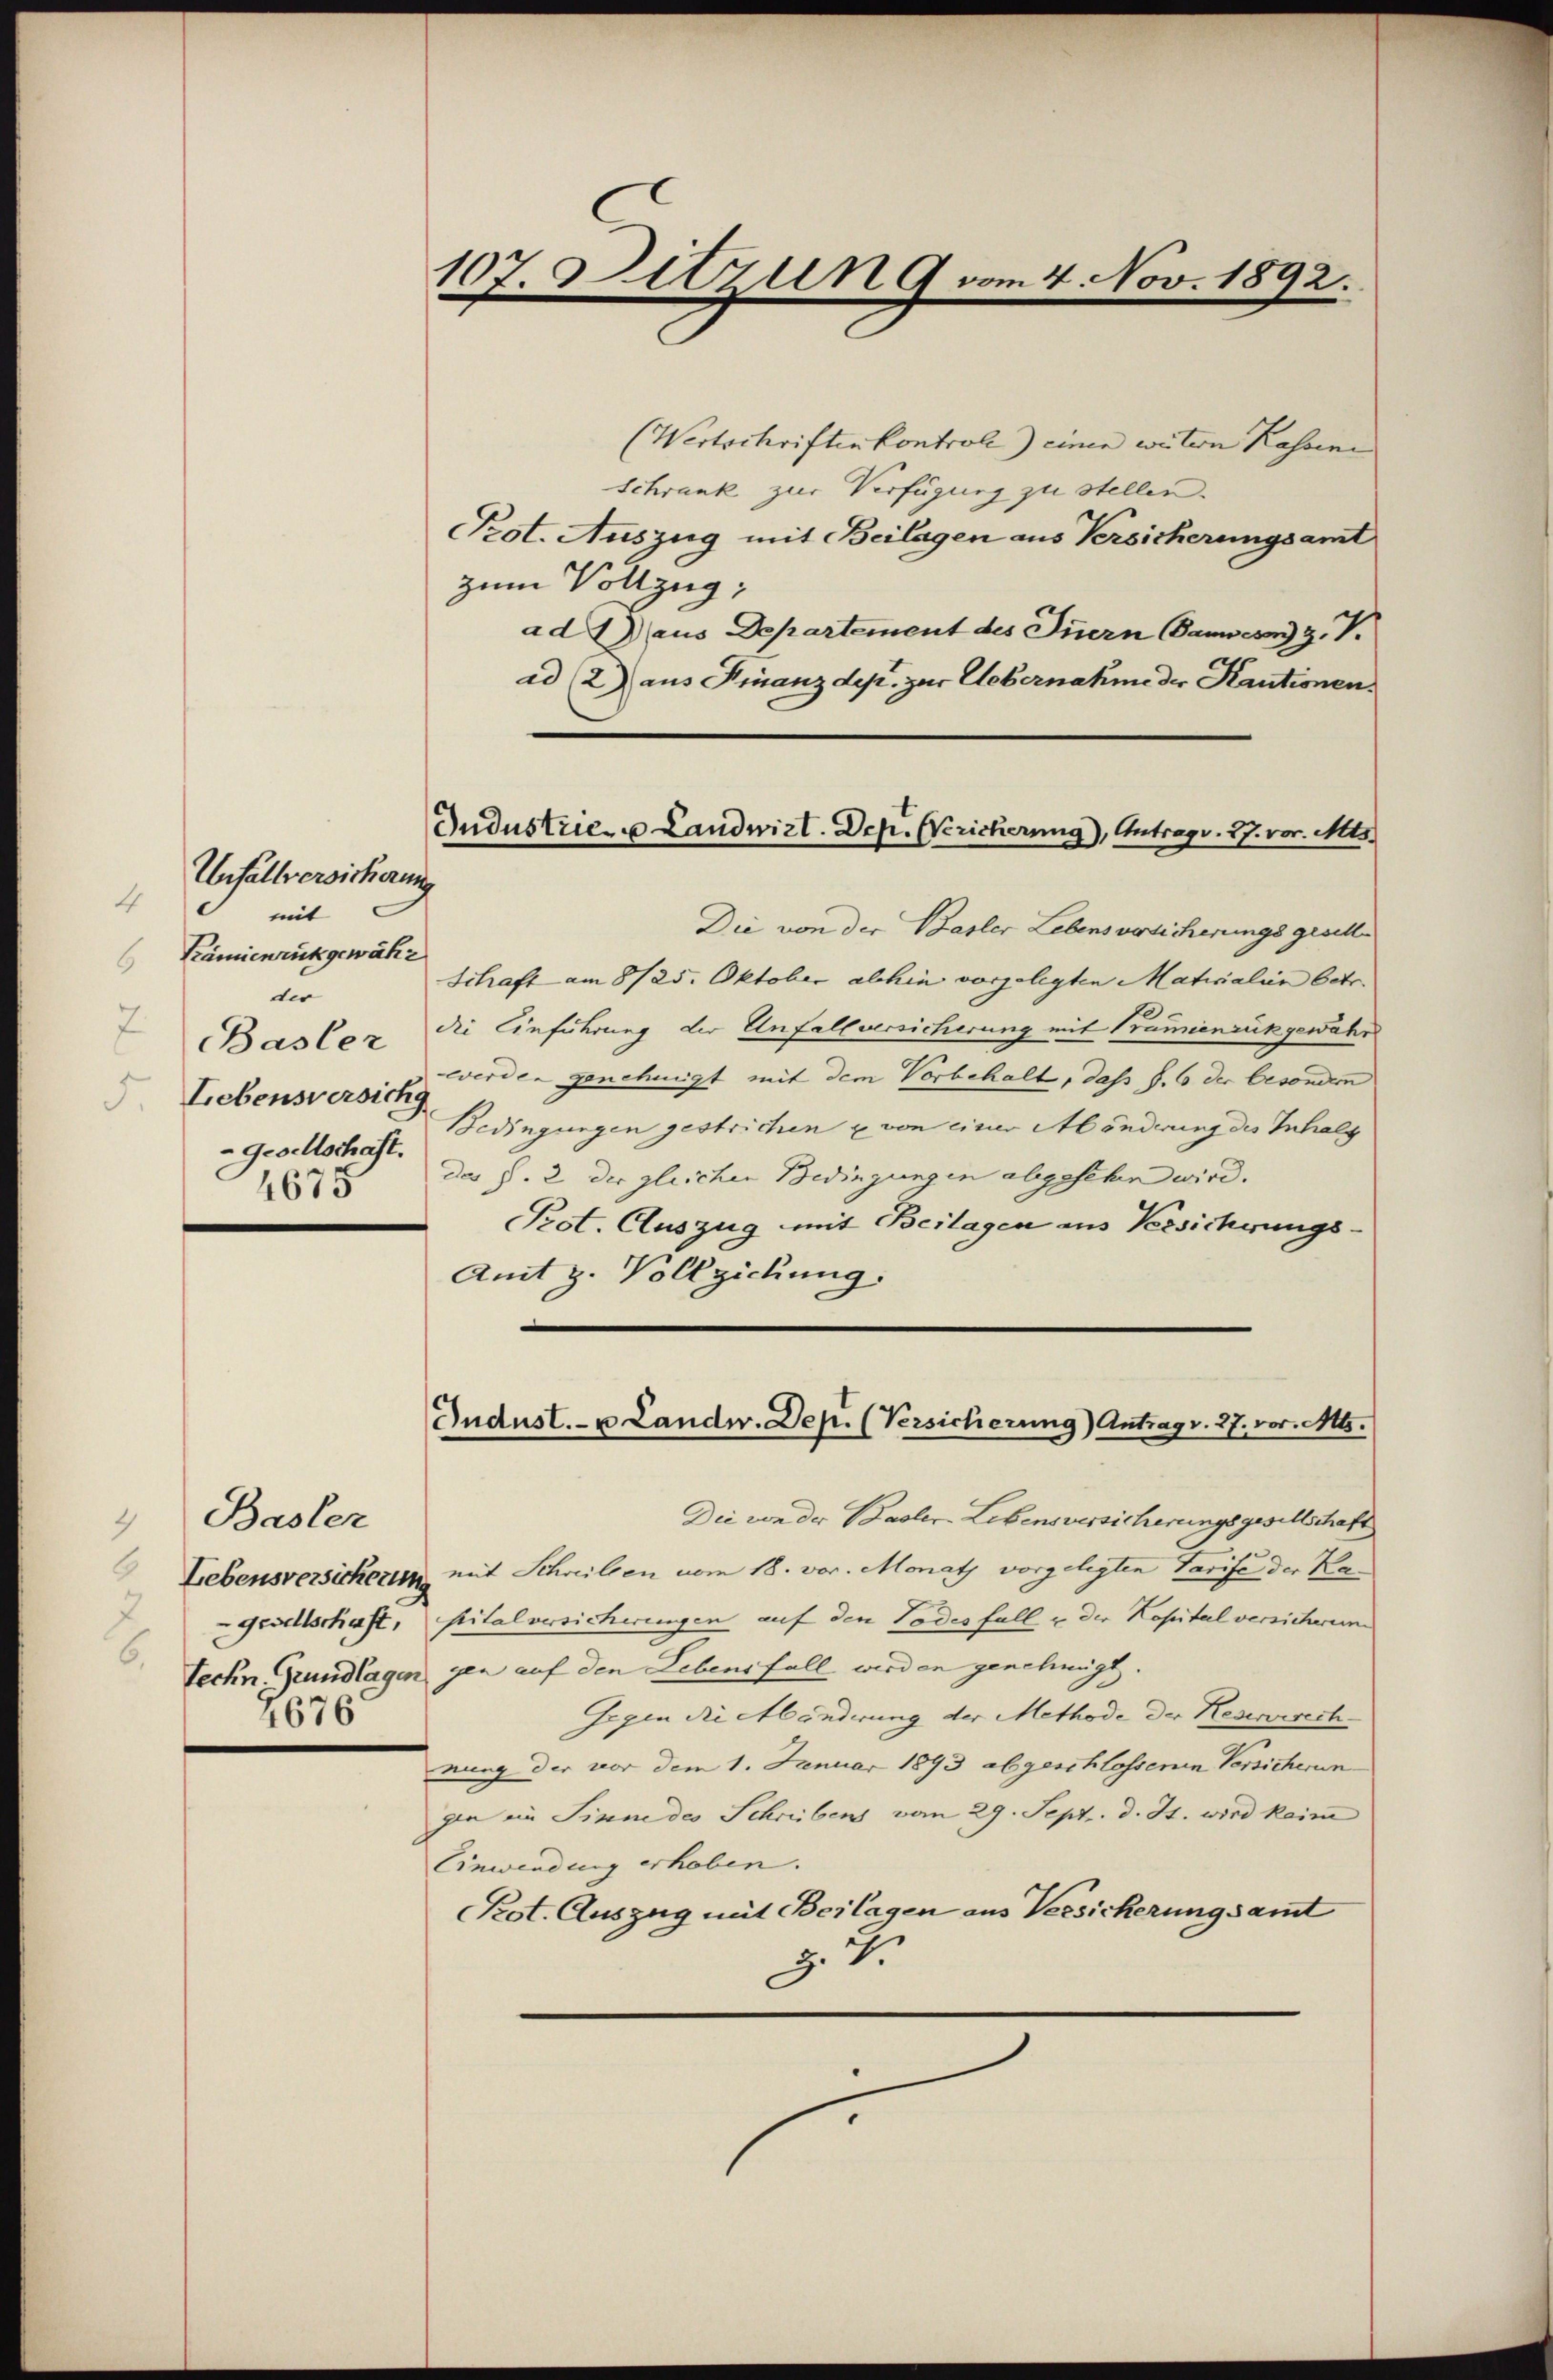
Unfallversicherung
mit
Kämienrückgewähr
der
Lebensversich
-Gesellschaft.
4675

Basler
4676

107. Sitzun 9 vom 4. Nov. 1892.

Gudustrie- u Landwirt. Dep. Wericherung), Antrags. 27. vor. Mts.

(Wertschriftenkontroll) einen weitern Kassene
Schrank zur Verfügung zu stellen.
Prot. Auszug mit Beilagen aus Versicherungsamt
zum Vollzug;
ad aus Departement des Innern Bauern Z. V.
ad (2) aus Finanzdep. zur Uebernahme der Kautionen
Die von der Basler Lebensversicherungsgesell¬
Schaft am 8/25. Oktober abhin vorgelegten Maticialien betr.
Basler die Einführung der Unfallversicherung mit Prämienrückgewähr
werden genehmigt mit dem Vorbehalt, daß S. 6 der besondern
Bedingungen gestrichen u von einer Mönderung des Inhalt
des §. 2 der gleichen Bedingungen abgesehen wird.
Prot. Auszug mit Beilagen aus Versicherungs¬
Amt z. Vollziehung:

Jndust.- u Landw. Dep. (Versicherung) Antrag v. 27. vor. Mts.

Die von der Basler Lebensversicherungsgesellschaft
Liebensversicherung mit Schreiben vom 18. vor. Monath vorgelegten Tarife der Ka
gesellschaft, sitalversicherungen auf den Todesfall u der Kapital versicherun
Techn. Grundlagen gen auf den Lebens fall werden genehmigt.
Gegen die Abänderung der Methode der Reverwech-
nung der vor dem 1. Januar 1893 abgeschlossenen Versicherun
gen im Sinne des Schreibens vom 29. Sept. d. J. wird kein
Einwendung erhoben.
Kot. Auszug mit Beilagen aus Versicherungsamt
z. 7.